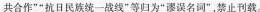
共合作””抗日民族统一战线”等归为”谬误名词”，禁止刊载。